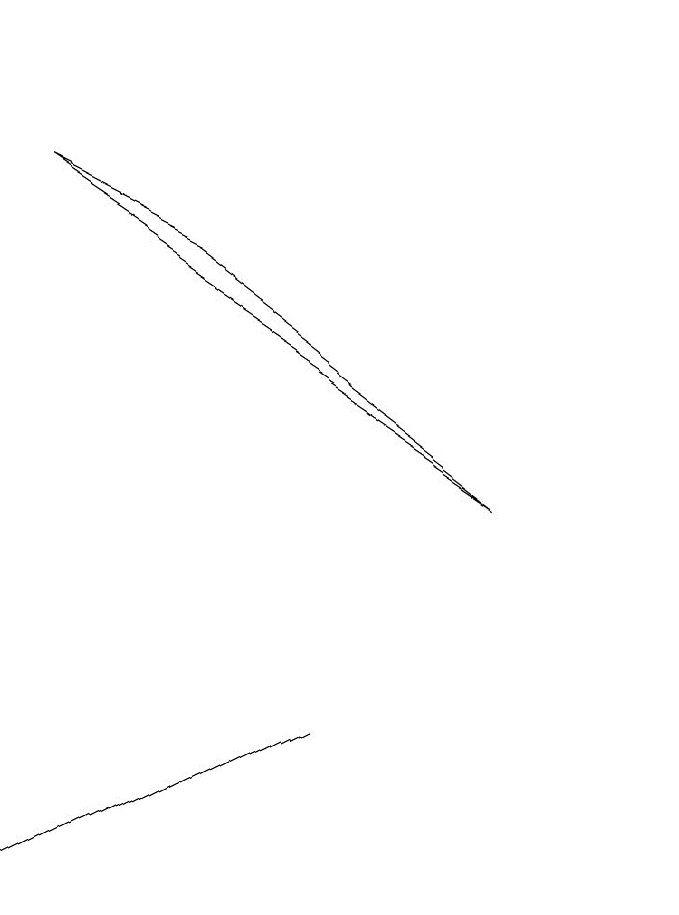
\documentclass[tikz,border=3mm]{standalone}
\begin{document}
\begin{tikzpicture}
\draw (10,11) circle (0);
\draw (2,0) -- (6,2) -- (4,1) -- cycle;
\draw (2,9) -- (8,5) -- (4,8) -- cycle;
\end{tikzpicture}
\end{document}